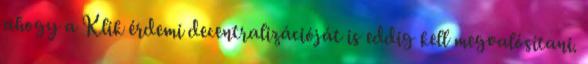
ahogy a Klik érdemi decentralizációját is eddig kell megvalósítani.